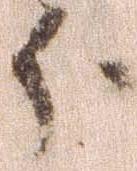
分